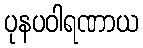
ပုနပဝါရဏာယ